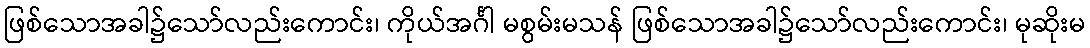
ဖြစ်သောအခါ၌သော်လည်းကောင်း၊ ကိုယ်အင်္ဂါ မစွမ်းမသန် ဖြစ်သောအခါ၌သော်လည်းကောင်း၊ မုဆိုးမ